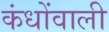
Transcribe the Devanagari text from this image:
कंधोंवाली